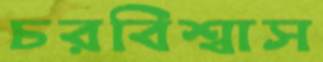
চরবিশ্বাস